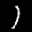
Label: 1